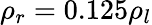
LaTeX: \rho_{r}=0.125\rho_{l}